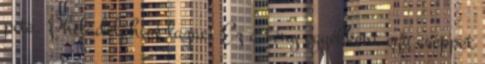
pite. Philadelphiai lazac. Ez a tény egyébként egy cseppet